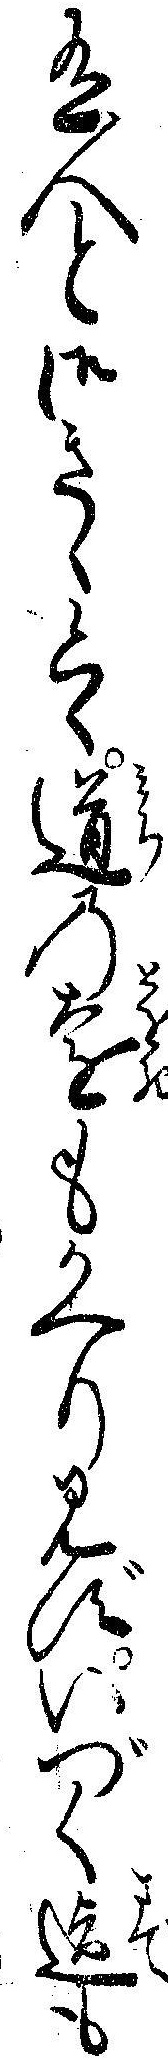
有人と御きゝ候ハゝ道の遠もかへりみずいづく迄も